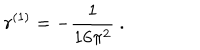
r ^ { ( 1 ) } = - \frac { 1 } { 1 6 \pi ^ { 2 } } \ .